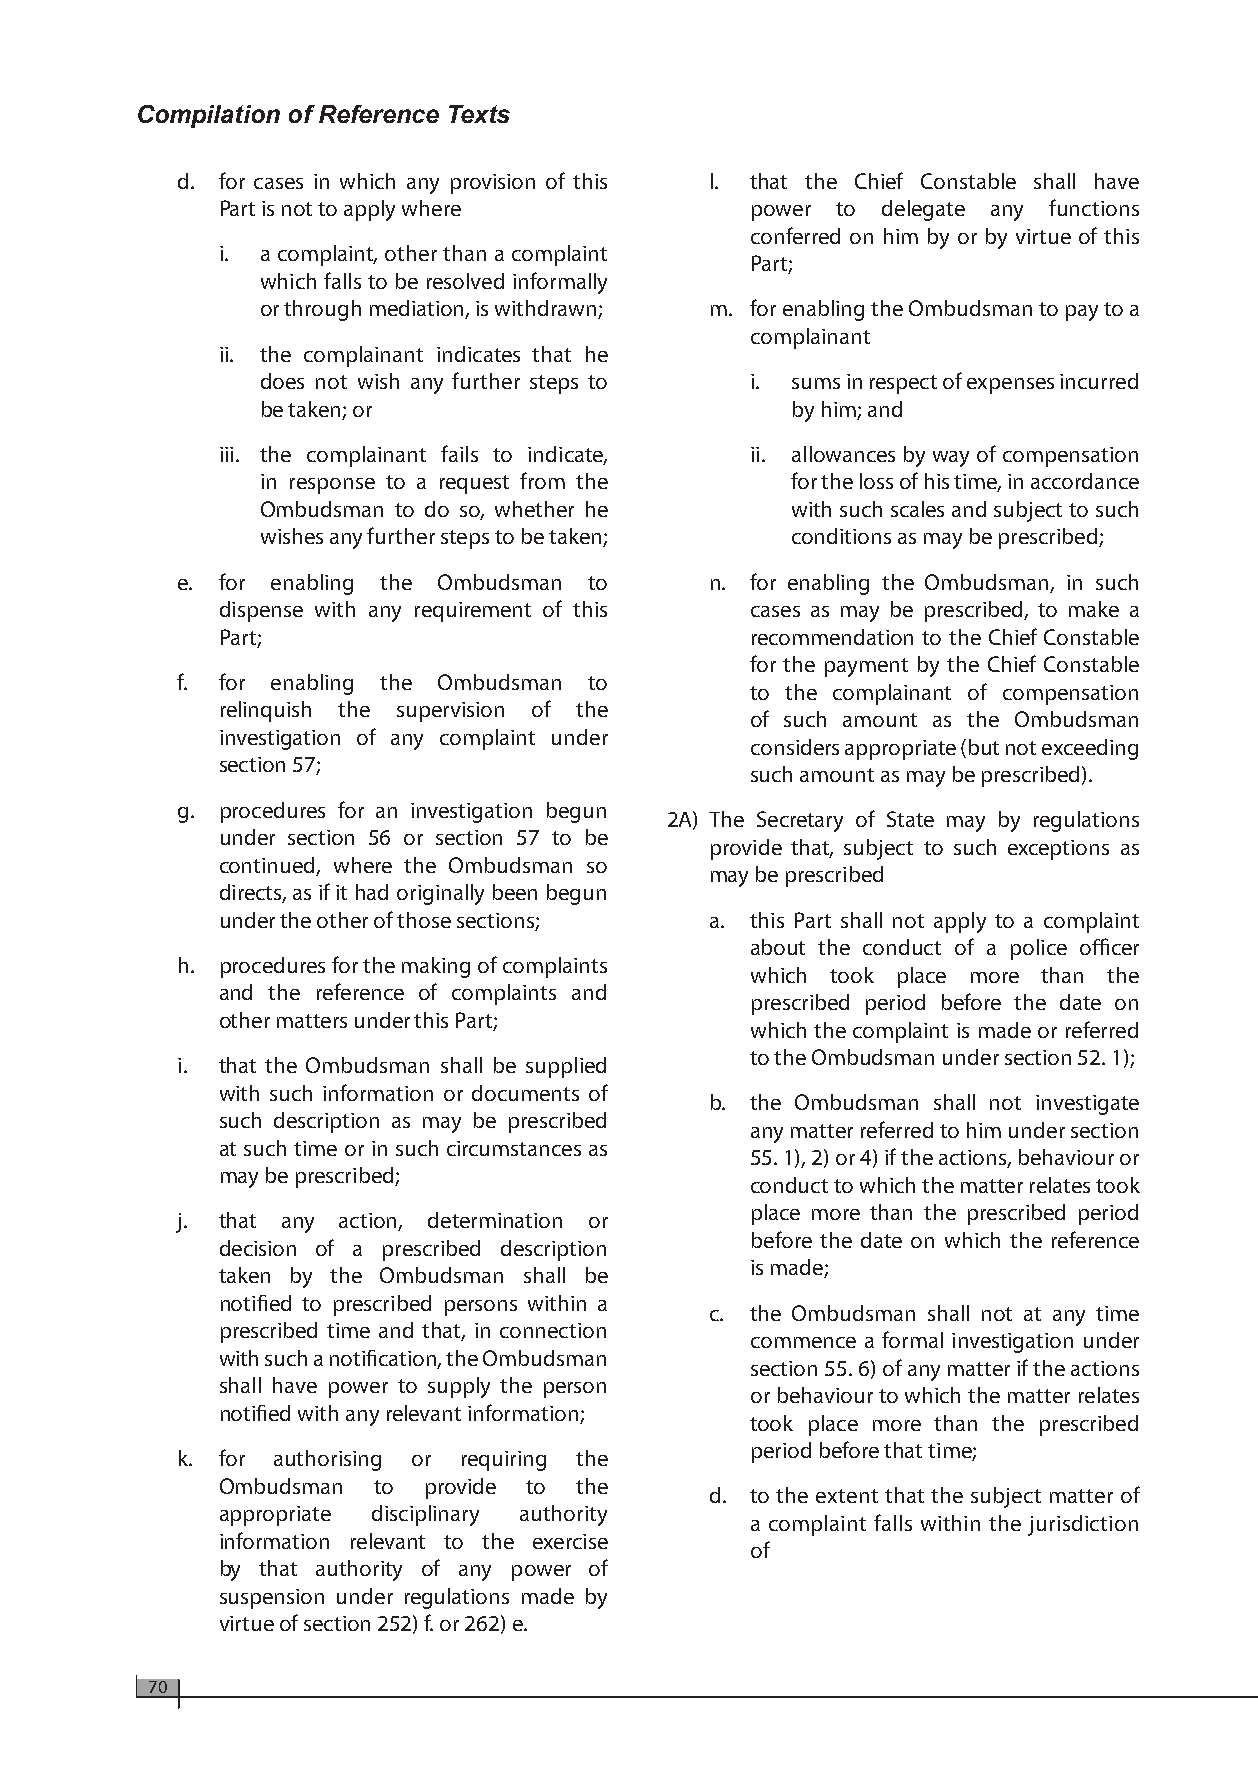
Compilation of Reference Texts
 d. for cases in which any provision of this l. that the Chief Constable shall have
 Part is not to apply where          power to delegate any functions
 conferred on him by or by virtue of this
 i. a complaint, other than a complaint
 Part;
 which falls to be resolved informally
 or through mediation, is withdrawn; m. for enabling the Ombudsman to pay to a
 complainant
 ii. the complainant indicates that he
 does not wish any further steps to i. sums in respect of expenses incurred
 be taken; or                       by him; and
 iii. the complainant fails to indicate, ii. allowances by way of compensation
 in response to a request from the  for the loss of his time, in accordance
 Ombudsman to do so, whether he     with such scales and subject to such
 wishes any further steps to be taken; conditions as may be prescribed;
 e. for enabling the Ombudsman to   n. for enabling the Ombudsman, in such
 dispense with any requirement of this cases as may be prescribed, to make a
 Part;                               recommendation to the Chief Constable
 for the payment by the Chief Constable
 f. for enabling the Ombudsman to
 to the complainant of compensation
 relinquish the supervision of the
 of such amount as the Ombudsman
 investigation of any complaint under
 considers appropriate (but not exceeding
 section 57;
 such amount as may be prescribed).
 g. procedures for an investigation begun
 2A) The Secretary of State may by regulations
 under section 56 or section 57 to be
 provide that, subject to such exceptions as
 continued, where the Ombudsman so
 may be prescribed
 directs, as if it had originally been begun
 under the other of those sections; a. this Part shall not apply to a complaint
 about the conduct of a police officer
 h. procedures for the making of complaints
 which took place more than the
 and the reference of complaints and
 prescribed period before the date on
 other matters under this Part;
 which the complaint is made or referred
 to the Ombudsman under section 52. 1);
 i. that the Ombudsman shall be supplied
 with such information or documents of
 b. the Ombudsman shall not investigate
 such description as may be prescribed
 any matter referred to him under section
 at such time or in such circumstances as
 55. 1), 2) or 4) if the actions, behaviour or
 may be prescribed;
 conduct to which the matter relates took
 place more than the prescribed period
 j. that any action, determination or
 before the date on which the reference
 decision of a prescribed description
 is made;
 taken by the Ombudsman shall be
 notified to prescribed persons within a
 c. the Ombudsman shall not at any time
 prescribed time and that, in connection
 commence a formal investigation under
 with such a notification, the Ombudsman
 section 55. 6) of any matter if the actions
 shall have power to supply the person
 or behaviour to which the matter relates
 notified with any relevant information;
 took place more than the prescribed
 period before that time;
 k. for authorising or requiring the
 Ombudsman  to provide to the
 d. to the extent that the subject matter of
 appropriate disciplinary authority
 a complaint falls within the jurisdiction
 information relevant to the exercise
 of
 by that authority of any power of
 suspension under regulations made by
 virtue of section 252) f. or 262) e.
 70